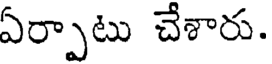
ఏర్పాటు చేశారు.